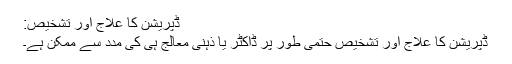
ڈپریشن کا علاج اور تشخیص:
ڈپریشن کا علاج اور تشخیص حتمی طور پر ڈاکٹر یا ذہنی معالج ہی کی مدد سے ممکن ہے۔